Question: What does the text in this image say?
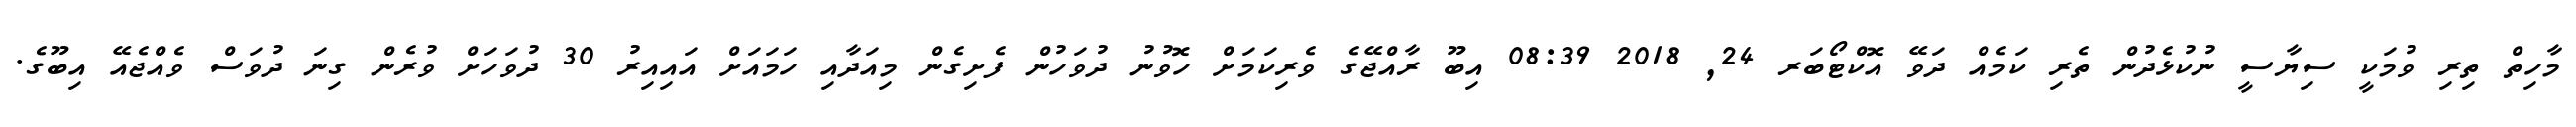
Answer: މާހިތް ތިރި ވުމަކީ ސިޔާސީ ނުކުޅެދުން ތެރި ކަމެއް ދަވޭ އޮކްޓޯބަރ 24, 2018 08:39 އިބޫ ރާއްޖޭގެ ވެރިކަމަށް ހޮވުނު ދުވަހުން ފެށިގެން މިއަދާއި ހަމައަށް އައިއިރު 30 ދުވަހަށް ވުރެން ގިނަ ދުވަސް ވެއްޖެއޭ އިބޫގެ.